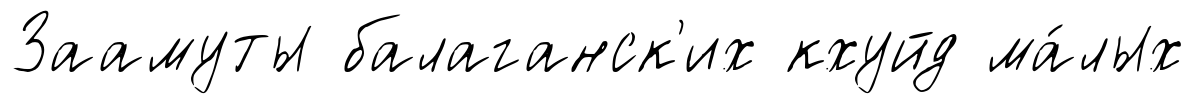
Заамуты балаганск'их кхуйд ма́лых